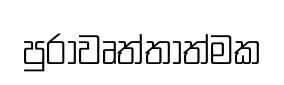
පුරාවෘත්තාත්මක